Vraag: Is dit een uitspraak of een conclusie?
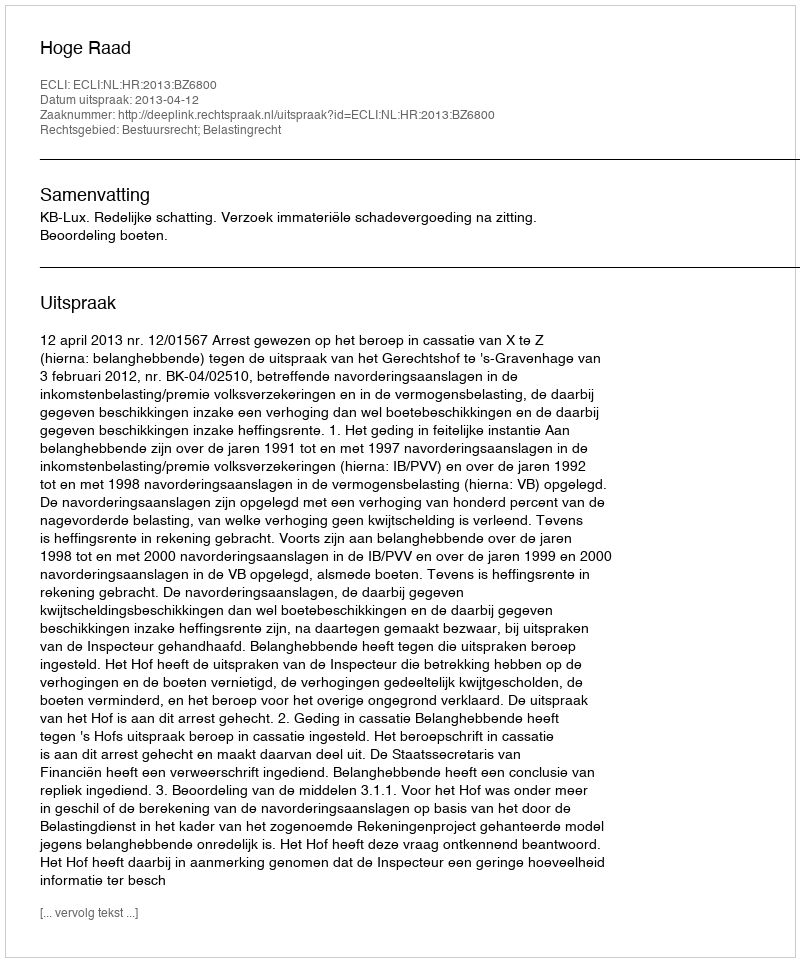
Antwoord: Uitspraak